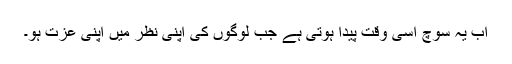
اب یہ سوچ اسی وقت پیدا ہوتی ہے جب لوگوں کی اپنی نظر میں اپنی عزت ہو۔